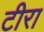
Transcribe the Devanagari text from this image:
टीरा